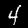
Label: 4